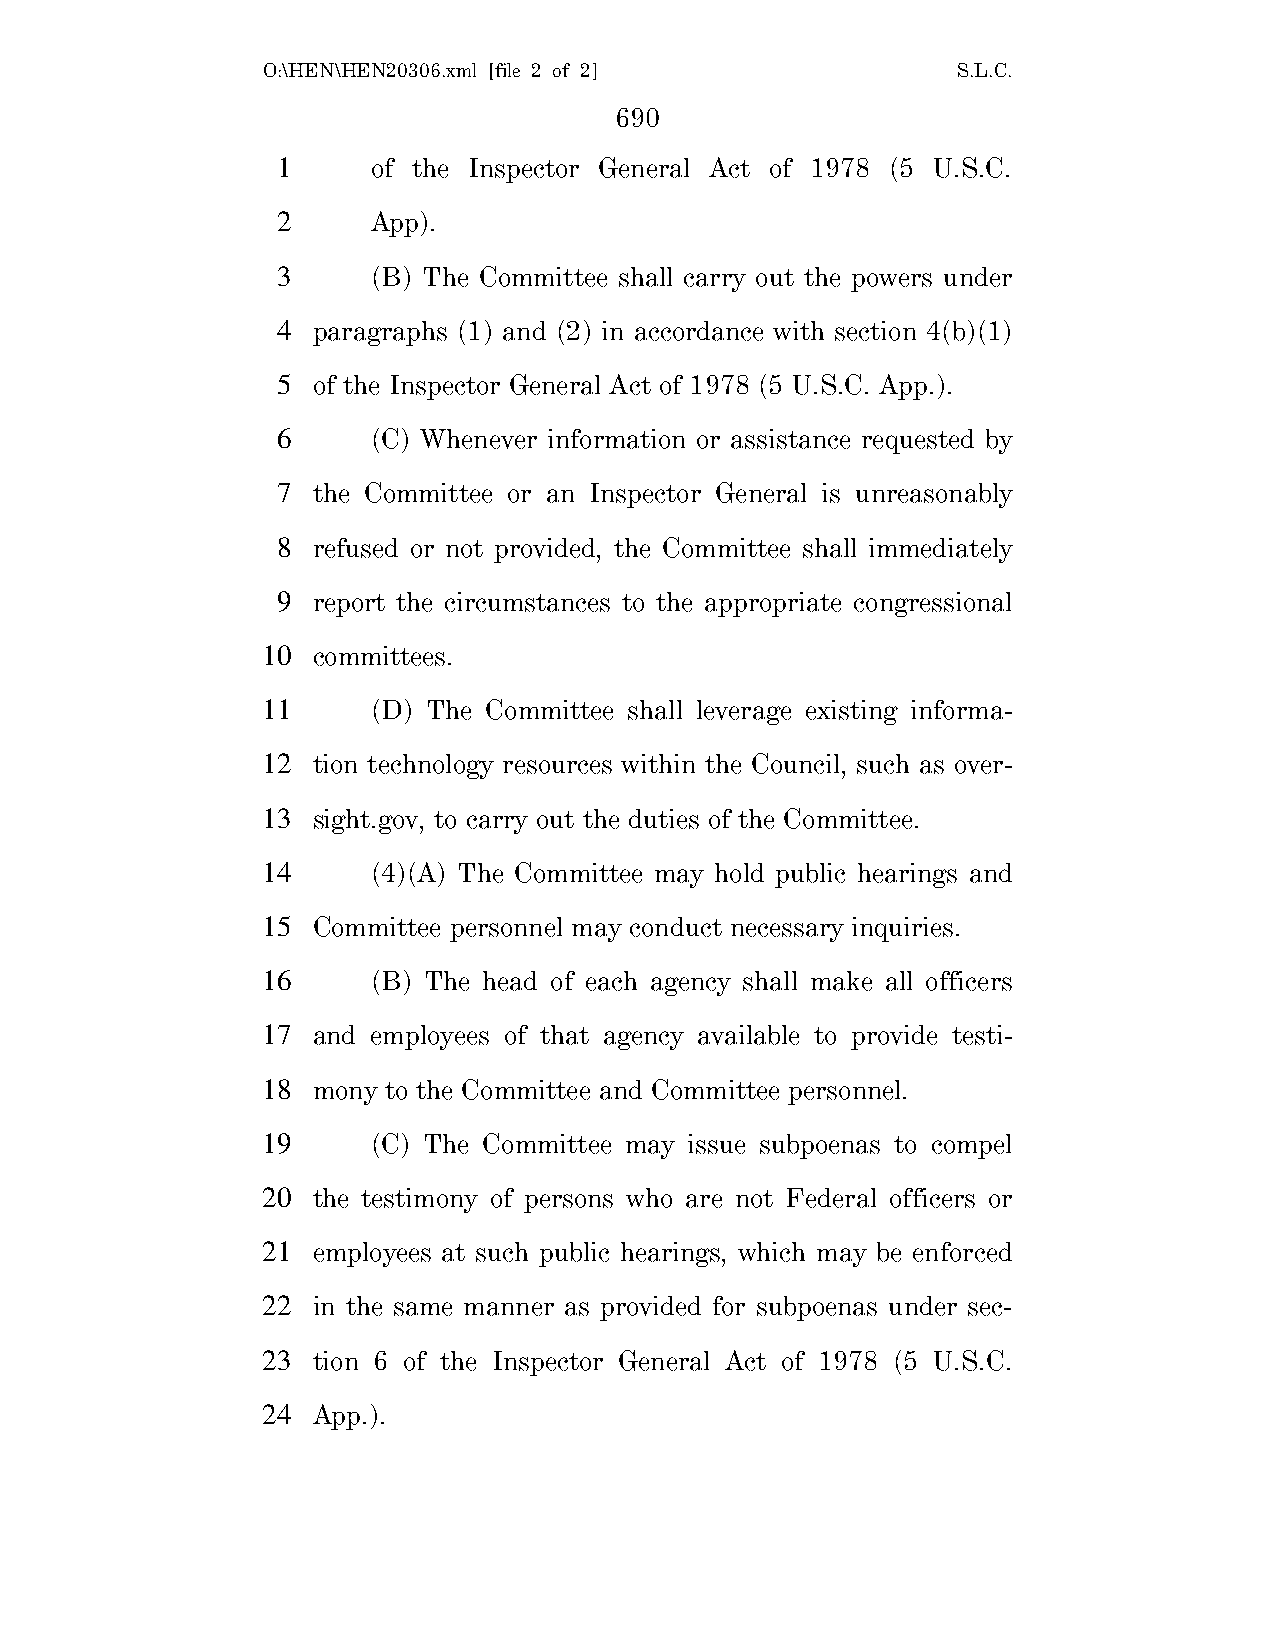
O:\HEN\HEN20306.xml [file 2 of 2]             S.L.C.
 690
 1      of the Inspector General Act of 1978 (5 U.S.C.
 2      App).
 3      (B) The Committee shall carry out the powers under
 4  paragraphs (1) and (2) in accordance with section 4(b)(1)
 5  of the Inspector General Act of 1978 (5 U.S.C. App.).
 6      (C) Whenever information or assistance requested by
 7  the Committee or an Inspector General is unreasonably
 8  refused or not provided, the Committee shall immediately
 9  report the circumstances to the appropriate congressional
 10  committees.
 11      (D) The Committee shall leverage existing informa-
 12  tion technology resources within the Council, such as over-
 13  sight.gov, to carry out the duties of the Committee.
 14      (4)(A) The Committee may hold public hearings and
 15  Committee personnel may conduct necessary inquiries.
 16      (B) The head of each agency shall make all officers
 17  and employees of that agency available to provide testi-
 18  mony to the Committee and Committee personnel.
 19      (C) The Committee may issue subpoenas to compel
 20  the testimony of persons who are not Federal officers or
 21  employees at such public hearings, which may be enforced
 22  in the same manner as provided for subpoenas under sec-
 23  tion 6 of the Inspector General Act of 1978 (5 U.S.C.
 24  App.).